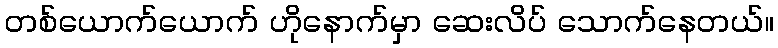
တစ်ယောက်ယောက် ဟိုနောက်မှာ ဆေးလိပ် သောက်နေတယ်။